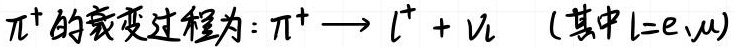
$\pi^{+}的衰变过程为: \pi^{+} \longrightarrow l^{+}+\nu_{l} \quad(其中l = e,\mu)$